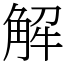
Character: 解